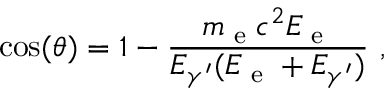
\cos ( \theta ) = 1 - \frac { m _ { \textrm { e } } c ^ { 2 } E _ { \textrm { e } } } { E _ { \gamma ^ { \prime } } ( E _ { \textrm { e } } + E _ { \gamma ^ { \prime } } ) } \ ,